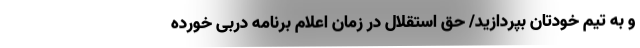
و به تیم خودتان بپردازید/ حق استقلال در زمان اعلام برنامه دربی خورده